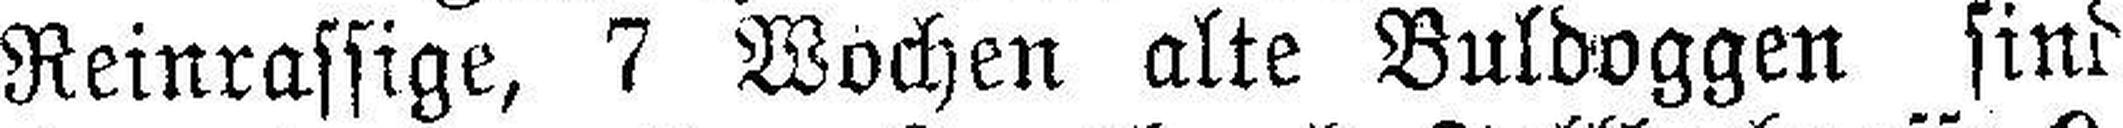
Reinrassige, 7 Wochen alte Buldoggen sind